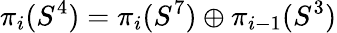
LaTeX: \pi_{i}(S^{4})=\pi_{i}(S^{7})\oplus\pi_{i-1}(S^{3})